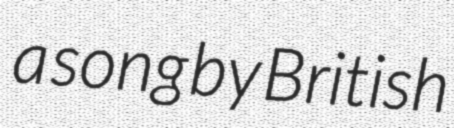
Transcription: a song by British